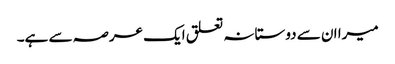
میرا ان سے دوستانہ تعلق ایک عرصہ سے ہے۔